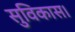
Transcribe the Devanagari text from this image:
सुविकास।